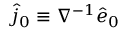
\hat { j } _ { 0 } \equiv \nabla ^ { - 1 } \hat { e } _ { 0 }